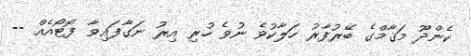
ކެންދޫ މަޤާމްގެ ބޭރުފާރު ހަލާކުވެ ނުވެ ހުރި އިރު ނަގާފައިވާ ފޮޓޯއެއް --